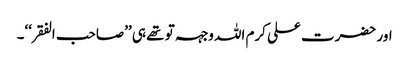
اور حضرت علی کرم اللہ وجہہ تو تھے ہی ’’صاحب الفقر‘‘۔